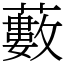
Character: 藪